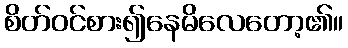
စိတ်ဝင်စား၍နေမိလေတော့၏။